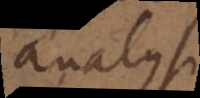
analysi